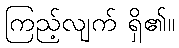
ကြည့်လျက် ရှိ၏။